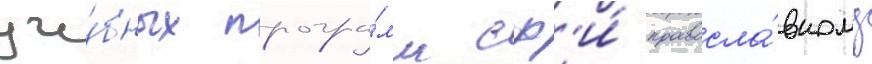
уче́бных програ́мм сф'и́ правосла́вному